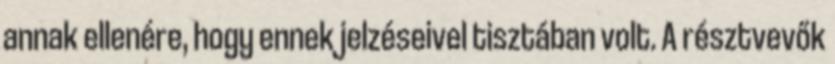
annak ellenére, hogy ennek jelzéseivel tisztában volt. A résztvevők